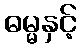
ဓမ္မနှင့်